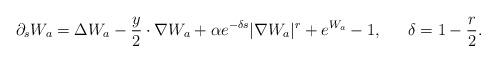
LaTeX: \begin{align*}\partial_sW_a = \Delta W_a - \frac{y}{2}\cdot \nabla W_a + \alpha e^{-\delta s} |\nabla W_a|^r + e^{W_a} - 1, \quad\;\; \delta = 1 - \frac{r}{2}.\end{align*}